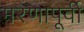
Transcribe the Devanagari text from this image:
मरणापूर्वी